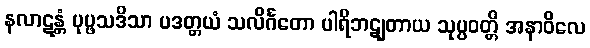
နလာဋန္တံ ပုပ္ဖသဒိသာ ပဒတ္တယံ သလိင်္ဂတော ပါရိဘဋျတာယ သုပ္ပဝတ္တိ အနာဝိလေ